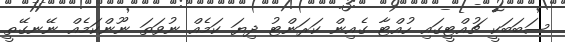
ސަބަބަކީ ޗުއްޓީގައި ހުއްޓާ ގެއިން ކަރަންޓު ދިޔަ ކަމެއް ނުވަތަ ނޫންކަމެއް ނޭނގޭތީ